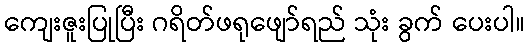
ကျေးဇူးပြုပြီး ဂရိတ်ဖရုဖျော်ရည် သုံး ခွက် ပေးပါ။